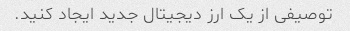
توصیفی از یک ارز دیجیتال جدید ایجاد کنید.